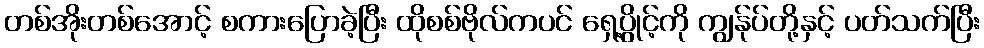
တစ်အိုးတစ်အောင့် စကားပြောခဲ့ပြီး ထိုစစ်ဗိုလ်ကပင် ရှေ့ပွိုင့်ကို ကျွန်ုပ်တို့နှင့် ပတ်သက်ပြီး